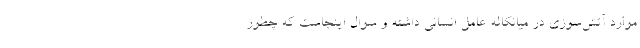
موارد آتش‌سوزی در میانکاله عامل انسانی داشته و سوال اینجاست که چطور